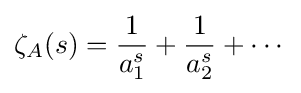
\zeta _{A}(s)={\frac {1}{a_{1}^{s}}}+{\frac {1}{a_{2}^{s}}}+\cdots